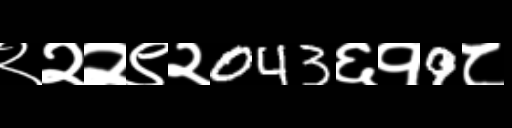
Text: २२२९२043६१9८